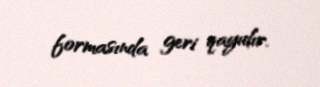
formasında geri qayıdır.